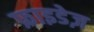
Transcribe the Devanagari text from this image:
फ्राइडेज़